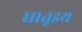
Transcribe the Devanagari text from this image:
धातूइय